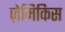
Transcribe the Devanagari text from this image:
ज़ेमिकिस